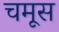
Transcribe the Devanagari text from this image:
चमूस